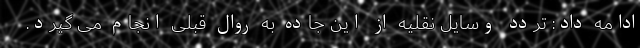
ادامه داد: تردد وسایل نقلیه از این جاده به روال قبلی انجام می گیرد.